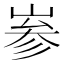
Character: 㟥